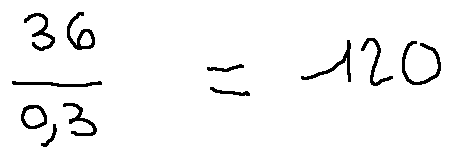
\frac { 3 6 } { 0 , 3 } = 1 2 0